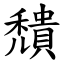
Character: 穨